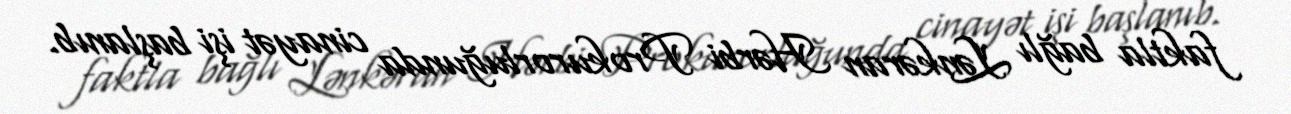
faktla bağlı Lənkəran Hərbi Prokurorluğunda cinayət işi başlanıb.